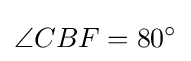
\angle {CBF}=80^{\circ }